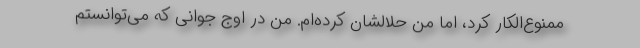
ممنوع‌الکار کرد، اما من حلالشان کرده‌ام. من در اوج جوانی که می‌توانستم